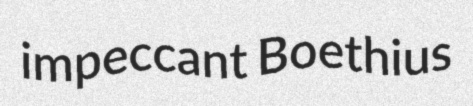
impeccant Boethius